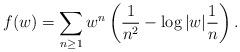
LaTeX: \begin{align*}f(w) = \sum_{n\geq 1} w^n \left( \frac{1}{n^2} - \log|w| \frac{1}{n} \right).\end{align*}